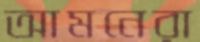
আমনেরা